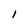
Character: I